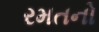
રમતનો